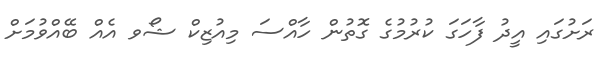
ރަށުގައި އީދު ފާހަގަ ކުރުމުގެ ގޮތުން ހާއްސަ މިއުޒިކް ޝޯވ އެއް ބޭއްވުމަށް